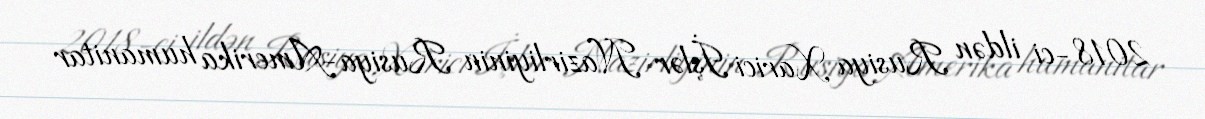
2018-ci ildən Rusiya Xarici İşlər Nazirliyinin Rusiya-Amerika humanitar